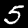
Digit: 5